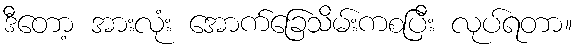
ဒီတော့ အားလုံး အောက်ခြေသိမ်းကစပြီး လုပ်ရတာ။